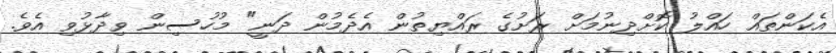
އެކަންތައް ހައްލު ކޮށްދިނުމަށް ރަށުގެ ރައްޔިތުން އެދެމުން ދަނީ" މުހުސިން ވިދާޅުވި އެވެ.